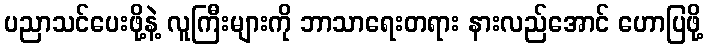
ပညာသင်ပေးဖို့နဲ့ လူကြီးများကို ဘာသာရေးတရား နားလည်အောင် ဟောပြဖို့